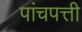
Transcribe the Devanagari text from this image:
पांचपत्ती